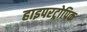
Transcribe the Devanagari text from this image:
हाइपरट्रोपिक